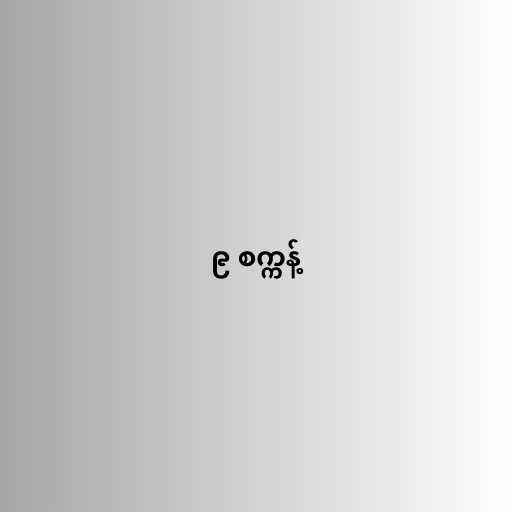
၉ စက္ကန့်